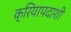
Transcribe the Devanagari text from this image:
क्रियापदाशी